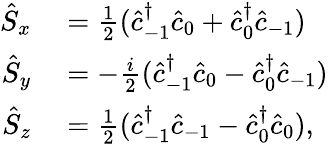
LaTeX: \begin{array}{rl}{\hat{S}_{x}}&{{}=\frac{1}{2}(\hat{c}_{-1}^{\dagger}\hat{c}_{0}+\hat{c}_{0}^{\dagger}\hat{c}_{-1})}\\ {\hat{S}_{y}}&{{}=-\frac{i}{2}(\hat{c}_{-1}^{\dagger}\hat{c}_{0}-\hat{c}_{0}^{\dagger}\hat{c}_{-1})}\\ {\hat{S}_{z}}&{{}=\frac{1}{2}(\hat{c}_{-1}^{\dagger}\hat{c}_{-1}-\hat{c}_{0}^{\dagger}\hat{c}_{0}),}\end{array}